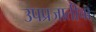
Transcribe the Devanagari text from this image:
उपप्रजातीचा